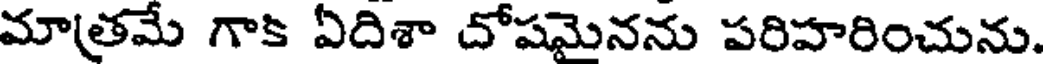
మాత్రమే గాకి ఏదిశా దోషమైనను పరిహరించును.